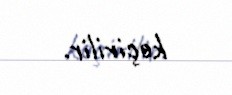
keçirilir.